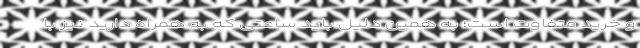
و خرید متفاوت است؛ به همین دلیل باید ساعتی که به همراه دارید نیز با